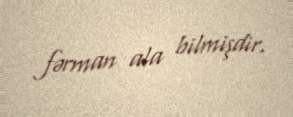
fərman ala bilmişdir.